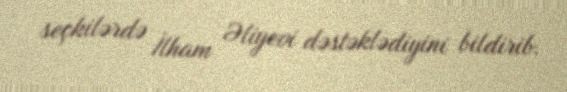
seçkilərdə İlham Əliyevi dəstəklədiyini bildirib.